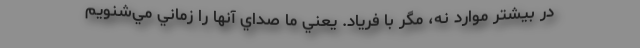
در بيشتر موارد نه، مگر با فرياد. يعني ما صداي آنها را زماني مي‌شنويم